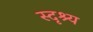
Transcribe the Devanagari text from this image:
स्दृश्य